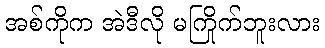
အစ်ကိုက အဲဒီလို မကြိုက်ဘူးလား